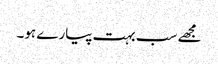
مجھے سب بہت پیارے ہو۔